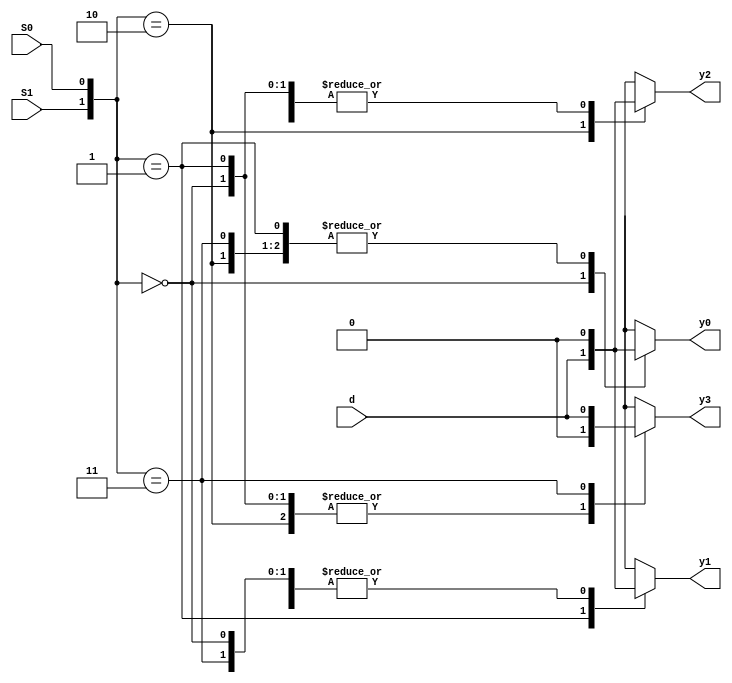
module demux_1x4 (
  input wire d,       // Data input
  input wire S0,      // Select input bit 0
  input wire S1,      // Select input bit 1
  output reg y0,      // Output 0
  output reg y1,      // Output 1
  output reg y2,      // Output 2
  output reg y3       // Output 3
);

  // Dataflow modeling using conditional assignment
  always @ (d or S0 or S1) begin
    case ({S1, S0})
      2'b00: begin // S1S0 = 00
        y0 = d;
        y1 = 1'b0;
        y2 = 1'b0;
        y3 = 1'b0;
      end
      2'b01: begin // S1S0 = 01
        y0 = 1'b0;
        y1 = d;
        y2 = 1'b0;
        y3 = 1'b0;
      end
      2'b10: begin // S1S0 = 10
        y0 = 1'b0;
        y1 = 1'b0;
        y2 = d;
        y3 = 1'b0;
      end
      2'b11: begin // S1S0 = 11
        y0 = 1'b0;
        y1 = 1'b0;
        y2 = 1'b0;
        y3 = d;
      end
      default: begin // Default case
        y0 = 1'b0;
        y1 = 1'b0;
        y2 = 1'b0;
        y3 = 1'b0;
      end
    endcase
  end

endmodule